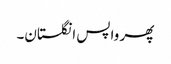
پھر واپس انگلستان۔